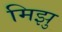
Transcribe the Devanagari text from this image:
मिझु